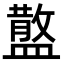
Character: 𥂪